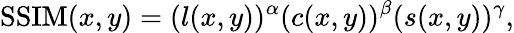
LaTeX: \mathrm{SSIM}(x,y)=(l(x,y))^{\alpha}(c(x,y))^{\beta}(s(x,y))^{\gamma},